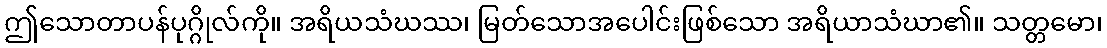
ဤသောတာပန်ပုဂ္ဂိုလ်ကို။ အရိယသံဃဿ၊ မြတ်သောအပေါင်းဖြစ်သော အရိယာသံဃာ၏။ သတ္တမော၊